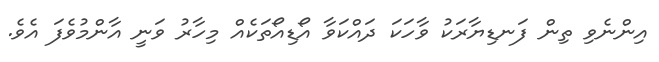
އިންނެވި ތިން ފަނޑިޔާރަކު ވާހަކަ ދައްކަވާ އޯޑިއޯތަކެއް މިހާރު ވަނީ އާންމުވެފަ އެވެ.